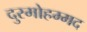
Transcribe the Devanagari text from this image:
दुरमोहम्मद